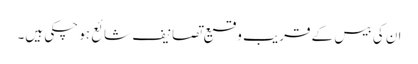
ان کی بیس کے قریب وقیع تصانیف شائع ہو چکی ہیں۔